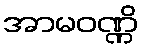
အာမဝဏ္ဏိ